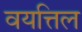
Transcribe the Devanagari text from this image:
वयत्तिल